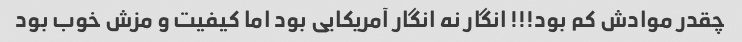
چقدر موادش کم بود!!! انگار نه انگار آمریکایی بود اما کیفیت و مزش خوب بود